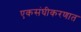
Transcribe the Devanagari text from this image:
एकसंघीकरणात